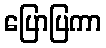
ပြောပြကာ